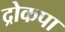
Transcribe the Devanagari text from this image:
द्रोकपा